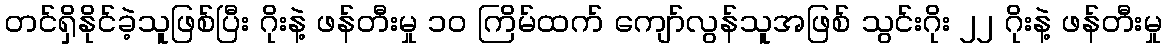
တင်ရှိနိုင်ခဲ့သူဖြစ်ပြီး ဂိုးနဲ့ ဖန်တီးမှု ၁၀ ကြိမ်ထက် ကျော်လွန်သူအဖြစ် သွင်းဂိုး ၂၂ ဂိုးနဲ့ ဖန်တီးမှု